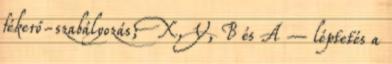
fékerő-szabályozás; X, Y, B és A – léptetés a